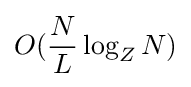
O({\frac {N}{L}}\log _{Z}N)